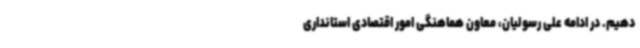
دهیم. در ادامه علی رسولیان، معاون هماهنگی امور اقتصادی استانداری